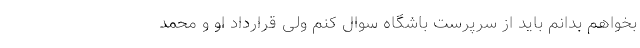
بخواهم بدانم باید از سرپرست باشگاه سوال کنم ولی قرارداد او و محمد